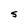
Character: S